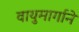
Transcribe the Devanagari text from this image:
वायुमार्गाने